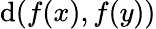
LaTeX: \mathrm{d}(f(x),f(y))